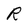
Character: R